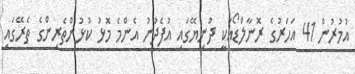
އުމުރުން 41 އަހަރުގެ ރޮނާލްޑޯއަކީ ދުނިޔޭގައި އުފެދުނު އެންމެ މޮޅު ކުޅުންތެރިންގެ ތެރޭގައި